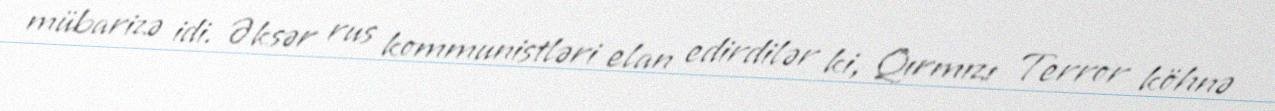
mübarizə idi. Əksər rus kommunistləri elan edirdilər ki, Qırmızı Terror köhnə